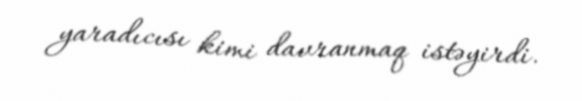
yaradıcısı kimi davranmaq istəyirdi.